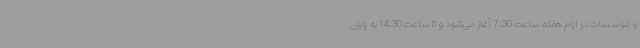
و موسسات در ایام هفته ساعت 7:30 آغاز می‌شود و تا ساعت 14:30 به پایان